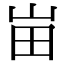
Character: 峀